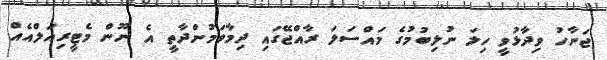
ޖަނާހު ވިދާޅުވީ ހިލަ ނުލިބުމުގެ މައްސަލަ ރާއްޖޭގައި ދިމާވަމުންދާތީ އެ ނޫން މެޓީރިއަލްއެއް